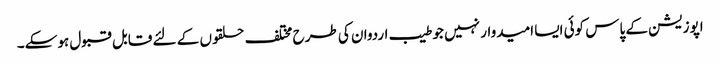
اپوزیشن کے پاس کوئی ایسا امیدوار نہیں جو طیب اردوان کی طرح مختلف حلقوں کے لئے قابل قبول ہوسکے۔